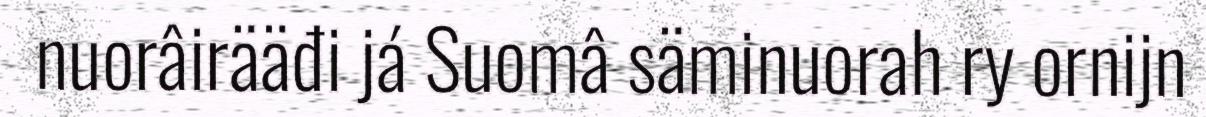
nuorâirääđi já Suomâ säminuorah ry ornijn